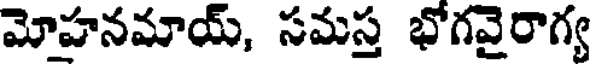
మోహనమాయ్, సమస్త భోగవైరాగ్య